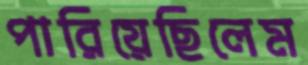
পারিয়েছিলেম